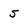
Character: 5